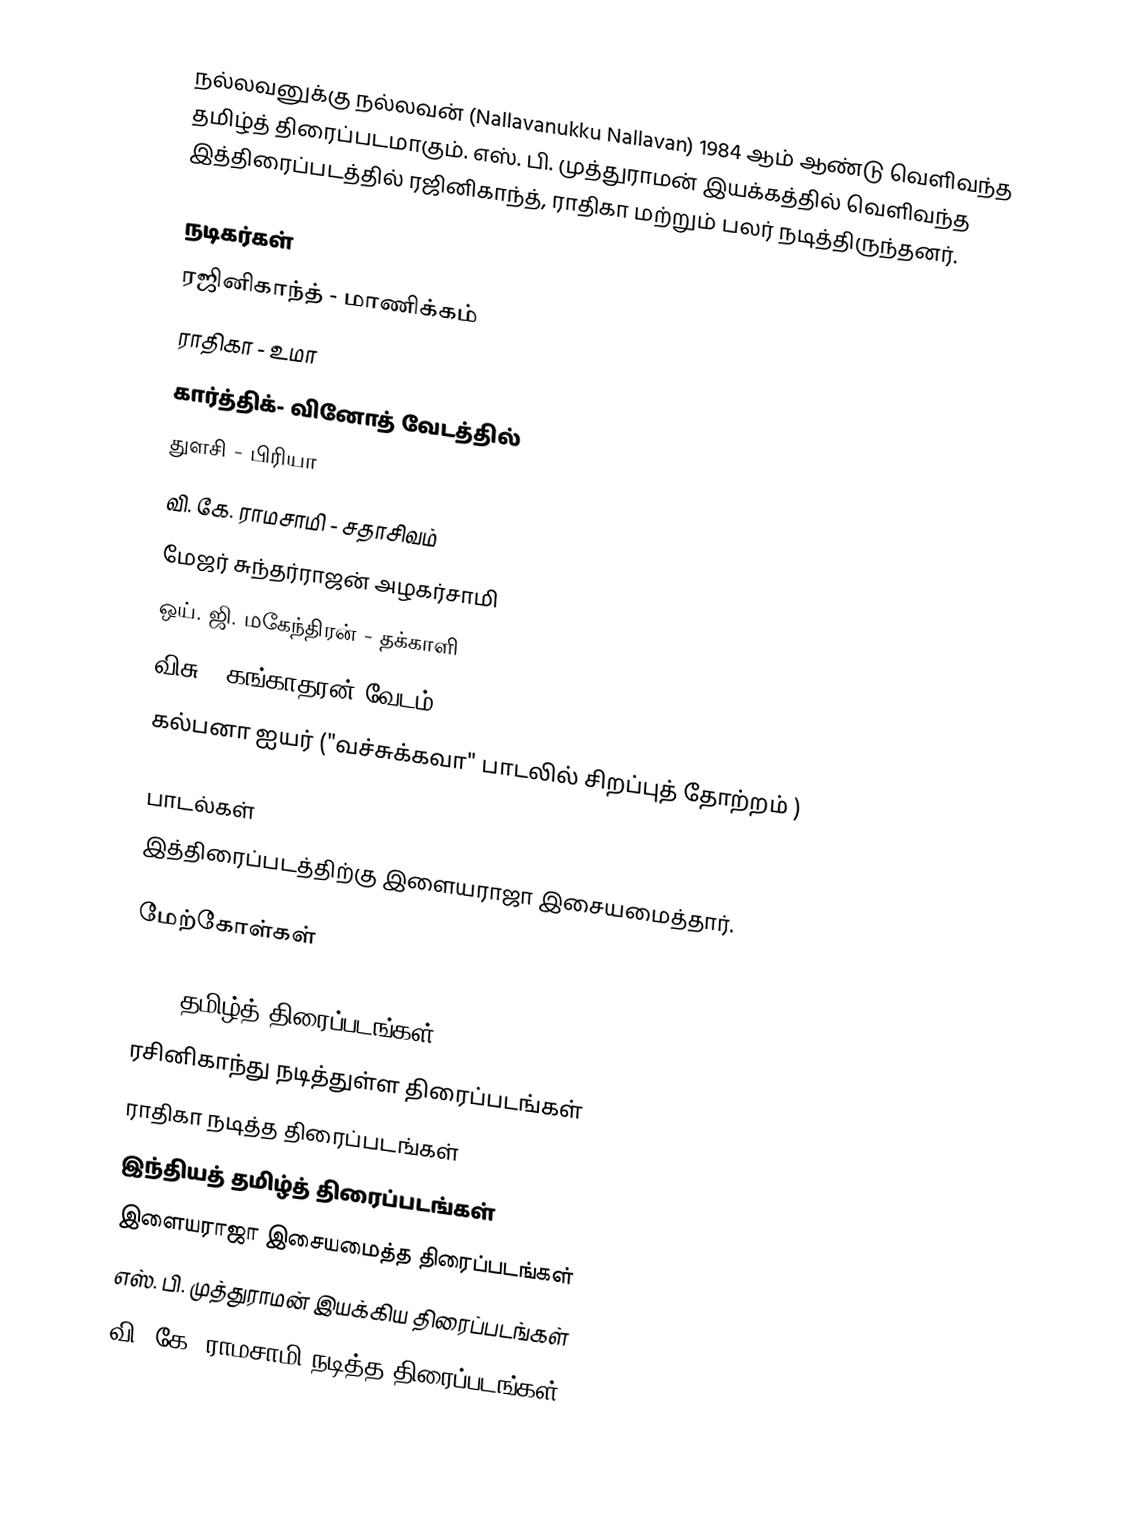
நல்லவனுக்கு நல்லவன் (Nallavanukku Nallavan) 1984 ஆம் ஆண்டு வெளிவந்த தமிழ்த் திரைப்படமாகும். எஸ். பி. முத்துராமன் இயக்கத்தில் வெளிவந்த இத்திரைப்படத்தில் ரஜினிகாந்த், ராதிகா மற்றும் பலர் நடித்திருந்தனர்.

நடிகர்கள்
 ரஜினிகாந்த் - மாணிக்கம்
 ராதிகா - உமா
 கார்த்திக்- வினோத் வேடத்தில்
 துளசி - பிரியா
 வி. கே. ராமசாமி - சதாசிவம்
 மேஜர் சுந்தர்ராஜன் அழகர்சாமி
 ஒய். ஜி. மகேந்திரன் - தக்காளி
 விசு - கங்காதரன் வேடம்
 கல்பனா ஐயர் ("வச்சுக்கவா" பாடலில் சிறப்புத் தோற்றம் )

பாடல்கள்
இத்திரைப்படத்திற்கு இளையராஜா இசையமைத்தார்.

மேற்கோள்கள்

1984 தமிழ்த் திரைப்படங்கள்
ரசினிகாந்து நடித்துள்ள திரைப்படங்கள்
ராதிகா நடித்த திரைப்படங்கள்
இந்தியத் தமிழ்த் திரைப்படங்கள்
இளையராஜா இசையமைத்த திரைப்படங்கள்
எஸ். பி. முத்துராமன் இயக்கிய திரைப்படங்கள்
வி. கே. ராமசாமி நடித்த திரைப்படங்கள்